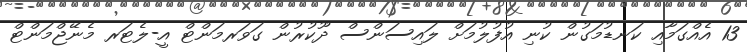
13 އެއްގަމާއި ކަނޑުމަގުން ކުނި އުފުލުމަށް ލައިސަންސް ދޫކުރުން ގަވަރމަންޓް އީ-ލެޓަރ މެނޭޖްމަންޓް